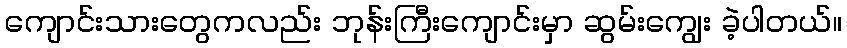
ကျောင်းသားတွေကလည်း ဘုန်းကြီးကျောင်းမှာ ဆွမ်းကျွေး ခဲ့ပါတယ်။